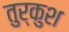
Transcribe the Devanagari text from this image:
तुर्कुश